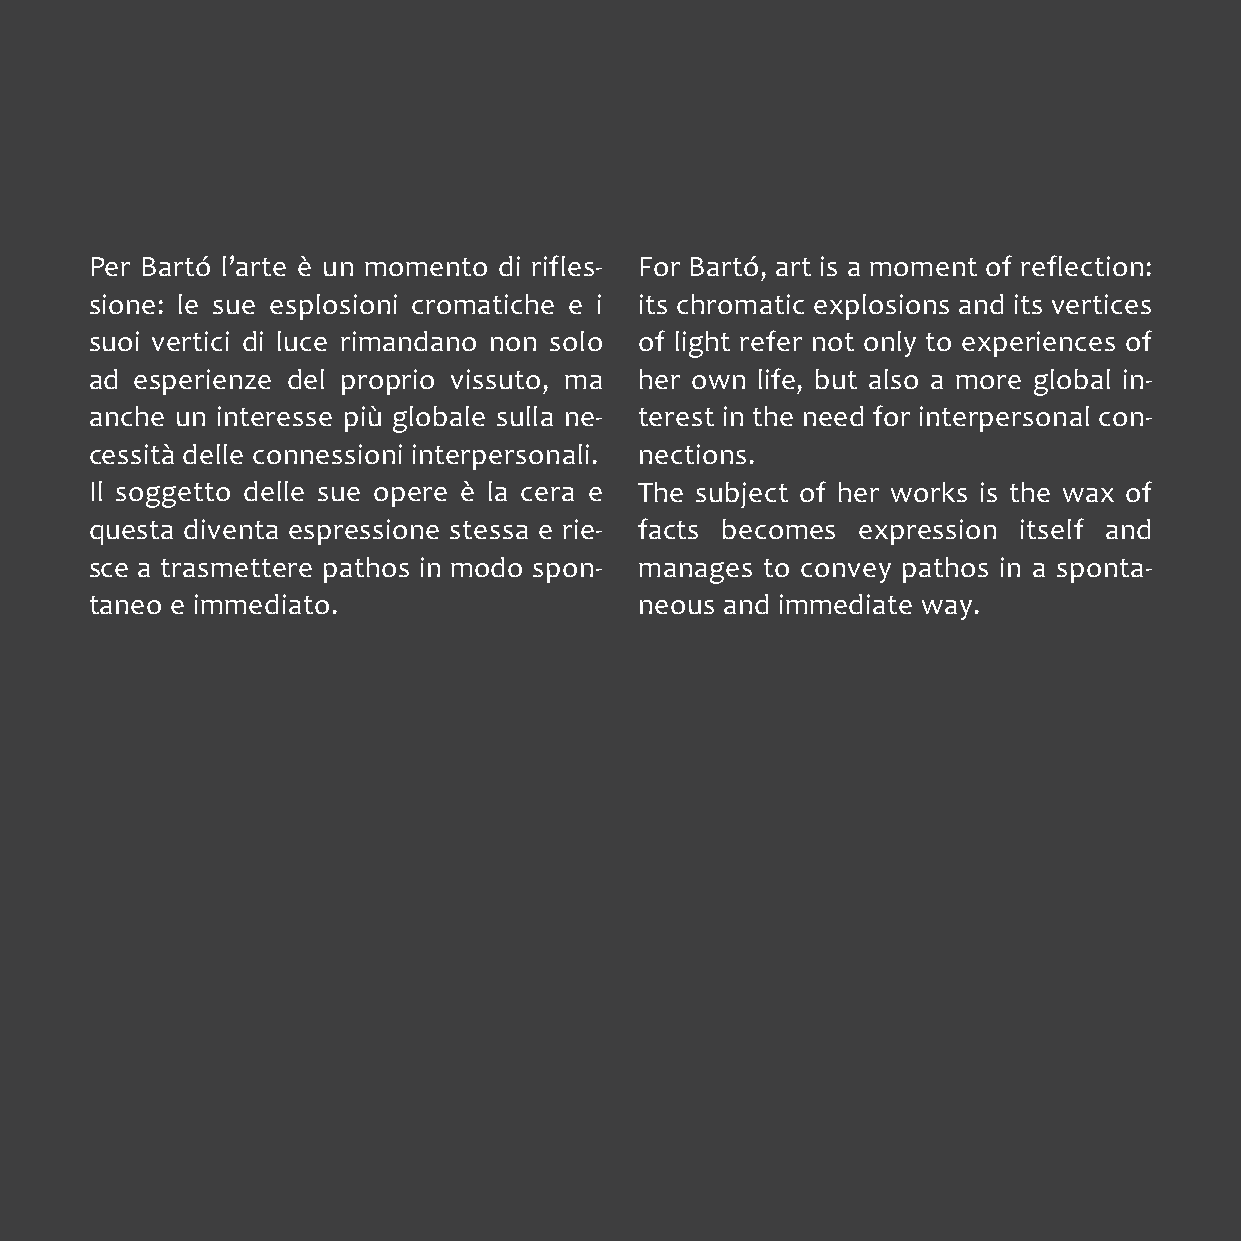
Per Bartó l’arte è un momento di rifles- For Bartó, art is a moment of reflection:
 sione: le sue esplosioni cromatiche e i its chromatic explosions and its vertices
 suoi vertici di luce rimandano non solo of light refer not only to experiences of
 ad esperienze del proprio vissuto, ma her own life, but also a more global in-
 anche un interesse più globale sulla ne- terest in the need for interpersonal con-
 cessità delle connessioni interpersonali. nections.
 Il soggetto delle sue opere è la cera e The subject of her works is the wax of
 questa diventa espressione stessa e rie- facts becomes expression itself and
 sce a trasmettere pathos in modo spon- manages to convey pathos in a sponta-
 taneo e immediato.                  neous and immediate way.